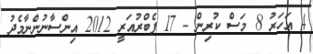
4 އަހަރު 8 މަސް ކުރިން - 17 ފެބްރުއަރީ 2012 އިންސާނުންނާމެދު